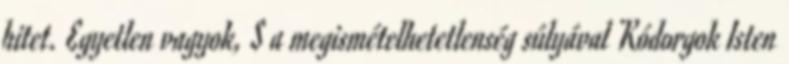
hitet. Egyetlen vagyok, S a megismételhetetlenség súlyával Kódorgok Isten